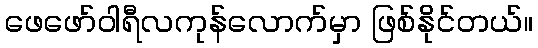
ဖေဖော်ဝါရီလကုန်လောက်မှာ ဖြစ်နိုင်တယ်။